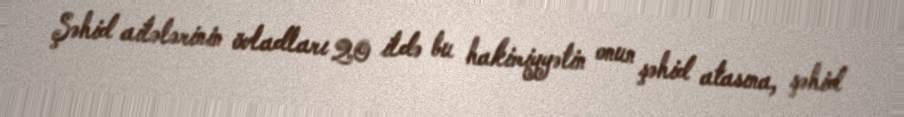
Şəhid ailələrinin övladları 20 ildə bu hakimiyyətin onun şəhid atasına, şəhid